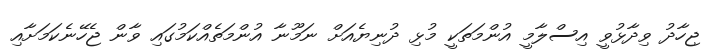
ޖިހާދު ވިދާޅުވީ އިސްލާމީ އުންމަތަކީ މުޅި ދުނިޔެއަށް ނަމޫނާ އުންމަތެއްކަމުގައި ވާން ޖެހޭނެކަމަށާއި